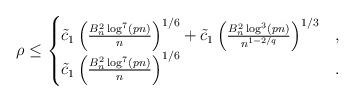
LaTeX: \begin{align*}\rho \leq\begin{cases}\tilde{c}_{1} \left( \frac{B_{n}^{2}\log^{7}(pn)}{ n} \right)^{1/6}+ \tilde{c}_{1} \left( \frac{B_{n}^{2}\log^{3}(pn)} { n^{1-2/q}} \right)^{1/3}& , \\\tilde{c}_{1}\left( \frac{B_{n}^{2}\log^{7}(pn)}{ n } \right)^{1/6}& .\end{cases}\end{align*}